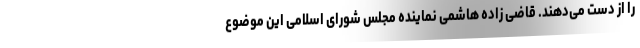
را از دست می‌دهند. قاضی زاده هاشمی نماینده مجلس شورای اسلامی این موضوع